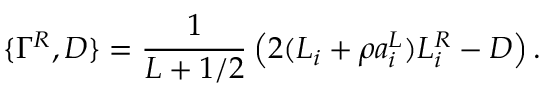
\{ \Gamma ^ { R } , D \} = \frac { 1 } { L + 1 / 2 } \left( 2 ( { \cal L } _ { i } + \rho a _ { i } ^ { L } ) L _ { i } ^ { R } - D \right) .